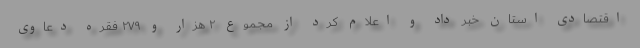
اقتصادی استان خبر داد و اعلام کرد از مجموع ۲ هزار و ۲۷۹ فقره دعاوی